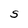
Character: S